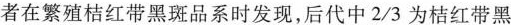
者在繁殖桔红带黑斑品系时发现，后代中\frac{2}{3}为桔红带黑